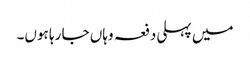
میں پہلی دفعہ وہاں جا رہا ہوں۔